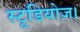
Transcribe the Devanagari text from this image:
स्टूडियोज़।